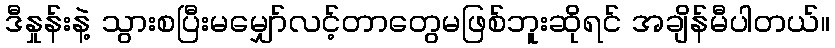
ဒီနှုန်းနဲ့ သွားစပြီးမမျှော်လင့်တာတွေမဖြစ်ဘူးဆိုရင် အချိန်မီပါတယ်။